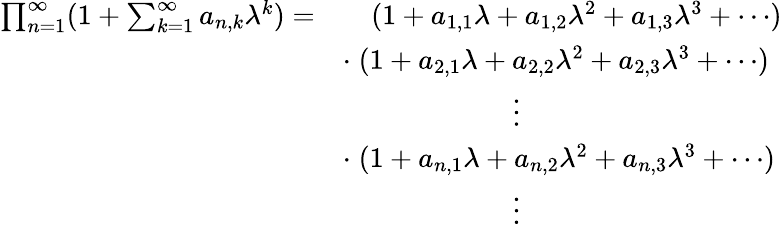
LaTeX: \begin{array}{rl}{\prod_{n=1}^{\infty}(1+\sum_{k=1}^{\infty}a_{n,k}\lambda^{k})=}&{\quad(1+a_{1,1}\lambda+a_{1,2}\lambda^{2}+a_{1,3}\lambda^{3}+\cdots)}\\ &{\cdot\; (1+a_{2,1}\lambda+a_{2,2}\lambda^{2}+a_{2,3}\lambda^{3}+\cdots)}\\ &{\quad\quad\quad\quad\quad\quad\vdots}\\ &{\cdot\; (1+a_{n,1}\lambda+a_{n,2}\lambda^{2}+a_{n,3}\lambda^{3}+\cdots)}\\ &{\quad\quad\quad\quad\quad\quad\vdots}\end{array}